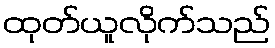
ထုတ်ယူလိုက်သည်